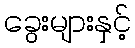
ခွေးများနှင့်